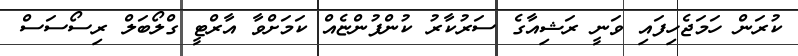
ކުރަން ހަމަޖެހިފައި ވަނީ ރަޝިއާގެ ސަރުކާރު ކުންފުންޏެއް ކަމަށްވާ އާރްޓީ ގްލޯބަލް ރިސޯސަސް